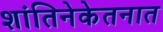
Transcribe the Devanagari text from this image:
शांतिनेकेतनात